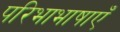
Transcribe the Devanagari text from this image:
परिभाभाषाएँ